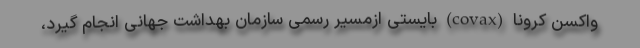
واکسن کرونا (covax) بایستی ازمسیر رسمی سازمان بهداشت جهانی انجام گیرد،